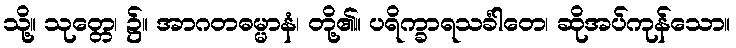
သို့။ သုတ္တေ၊ ၌။ အာဂတဓမ္မာနံ၊ တို့၏။ ပရိက္ခာရသင်္ခါတေ၊ ဆိုအပ်ကုန်သော။